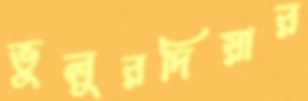
ভুলুরদিয়ার